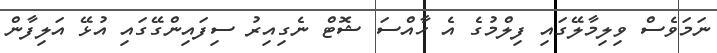
ނަމަވެސް ވިލިމާލޭގައި ފިލްމުގެ އެ ހާއްސަ ޝޮޓް ނެގިއިރު ސިފައިންގޭގައި އުޅޭ އަލިފާން